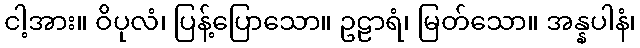
ငါ့အား။ ဝိပုလံ၊ ပြန့်ပြောသော။ ဥဠာရံ၊ မြတ်သော။ အန္နပါနံ၊